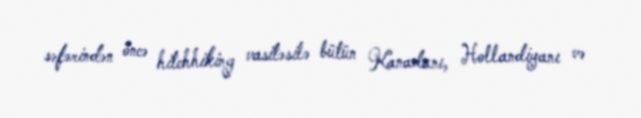
səfərindən öncə hitchhiking vasitəsilə bütün Kanadanı, Hollandiyanı və